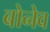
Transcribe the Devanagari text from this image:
बोनेव